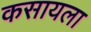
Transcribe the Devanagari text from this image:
कसायला